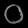
Digit: ၀